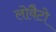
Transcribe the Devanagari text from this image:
लोवैटो